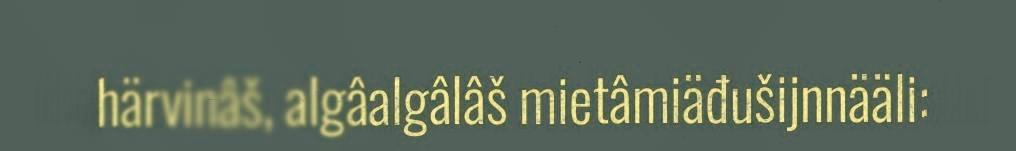
härvinâš, algâalgâlâš mietâmiäđušijnnääli: